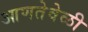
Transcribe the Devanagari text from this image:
आणतेवेळी